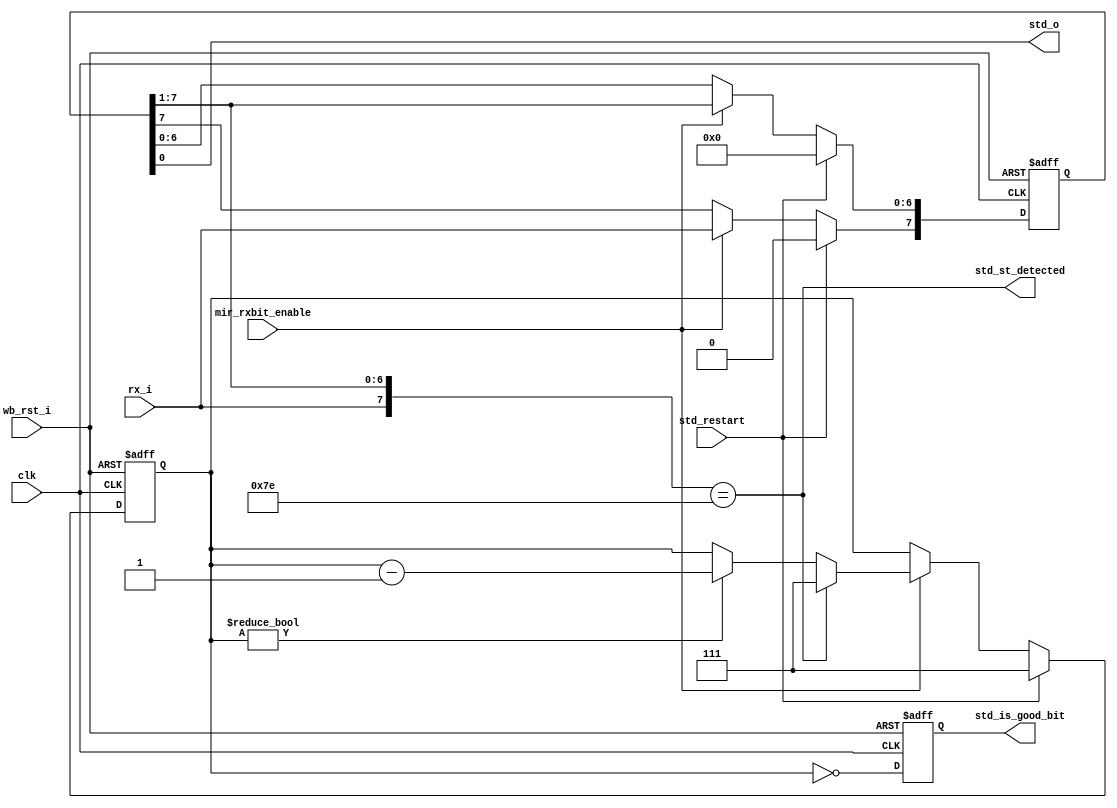
module irda_mir_st_det (clk, wb_rst_i, rx_i, std_restart, mir_rxbit_enable,
	std_is_good_bit, std_st_detected, std_o);

input 		clk;
input 		wb_rst_i;
input 		rx_i;	// input to the module
input 		std_restart; // to restart the module logic
input 		mir_rxbit_enable;

output 		std_is_good_bit; // tells if the bit at output is a good stream bit
output 		std_o;			// module output
output 		std_st_detected; // STA/STO signal detected

reg [7:0] 	st_int_reg; // internal buffer register
reg [2:0] 	front;  // position of front output element
reg 			std_is_good_bit;
// module ouptut , only valid when std_is_good_bit is asserted
assign 		std_o = st_int_reg[0];

// the internal shift register logic
always @(posedge clk or posedge wb_rst_i)
begin
	if (wb_rst_i) begin
		st_int_reg <= #1 0;
	end else 
	if (std_restart) begin
		st_int_reg <= #1 0;
	end else if (mir_rxbit_enable) begin
		// shift the register right
		st_int_reg[6:0] <= #1 st_int_reg[7:1];
		st_int_reg[7] <= #1 rx_i;
	end
end // always @ (posedge clk or posedge wb_rst_i)

// std_st_detected : next clock the internal register will hold STA/STO signal
assign std_st_detected = ( {rx_i, st_int_reg[7:1]} == 8'b01111110 );

// Front register control
always @(posedge clk or posedge wb_rst_i)
begin
	if (wb_rst_i)
		front <= #1 7;
	else if (std_restart)
		front <= #1 7;
	else if (mir_rxbit_enable) begin
		if (std_st_detected) // on detection of STx signal the good bit front is reset
			front <= #1 7;
		else if (front != 0)  // the front stays on 0 while all is good
			front <= #1 front - 1;
	end
end  // front

// std_is_good_bit signal logic
always @(posedge clk or posedge wb_rst_i)
begin
	if (wb_rst_i)
	  std_is_good_bit <= #1 0;
	else
	  std_is_good_bit <= #1 ( front == 0);
end

endmodule